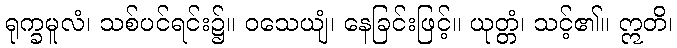
ရုက္ခမူလံ၊ သစ်ပင်ရင်း၌။ ဝသေယျံ၊ နေခြင်းဖြင့်။ ယုတ္တံ၊ သင့်၏။ ဣတိ၊